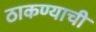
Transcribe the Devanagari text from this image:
ठाकण्याची